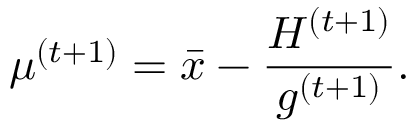
\mu ^ { ( t + 1 ) } = \bar { x } - \frac { H ^ { ( t + 1 ) } } { g ^ { ( t + 1 ) } } .